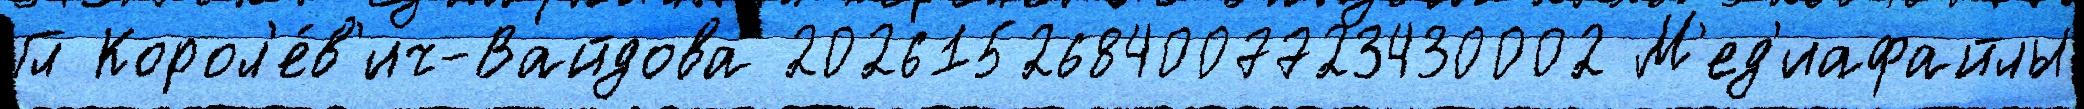
Гл Корол'е́в'ич-Вайдова 2026152684007723430002 М'ед'иафайлы